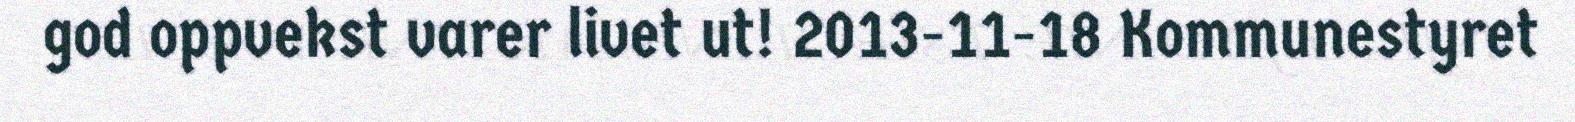
god oppvekst varer livet ut! 2013-11-18 Kommunestyret